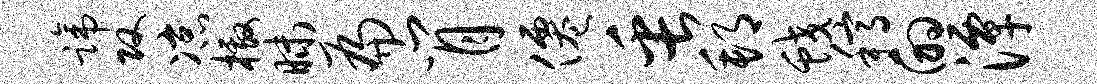
蹄攻凉檄昧扁肖仙缶邦蛟稿的潭